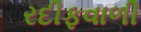
રદીફવાળી